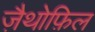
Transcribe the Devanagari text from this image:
ज़ैथोफ़िल